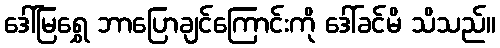
ဒေါ်မြရွှေ ဘာပြောချင်ကြောင်းကို ဒေါ်ခင်မိ သိသည်။